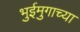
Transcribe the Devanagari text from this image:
भुईमुगाच्या